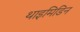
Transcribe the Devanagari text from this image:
थाइमिडिन